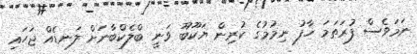
ނަމަވެސް ފުރަތަމަ ހާފު ނިމުމުގެ ކުރިން ޔަކޫބޫ ވަނީ ބްލެކްބާނަށް ލަނޑެއް ޖަހައި